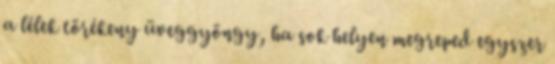
a lélek törékeny üveggyöngy, ha sok helyen megreped egyszer